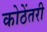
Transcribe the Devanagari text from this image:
कोठेंतरी